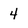
Character: 4